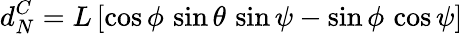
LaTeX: d_{N}^{C}=L\, [\cos\phi\, \sin\theta\, \sin\psi-\sin\phi\, \cos\psi]